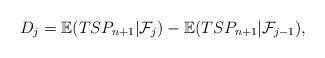
LaTeX: \begin{align*}D_j = \mathbb{E}(TSP_{n+1} | {\cal F}_j) - \mathbb{E}(TSP_{n+1} | {\cal F}_{j-1}),\end{align*}